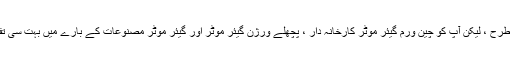
چائنا ایس سیریز ہیلیکل ورم گیئر موٹر ، اسپیڈ گیئر موٹر ، کے موار کی طرح ، لیکن آپ کو چین ورم گیئر موٹر کارخانہ دار ، پچھلے ورژن گیئر موٹر اور گیئر موٹر مصنوعات کے بارے میں بہت سی تفصیلات ملیں گی جو ہمارے صارفین میں نصب ہیں جیسے سیمنٹ پلانٹ۔